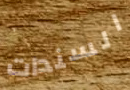
السندات